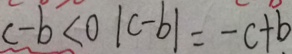
c - b < 0 \vert c - b \vert = - c + b